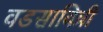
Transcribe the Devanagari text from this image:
वडसावित्री